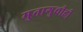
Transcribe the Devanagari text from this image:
मुतागुचीही